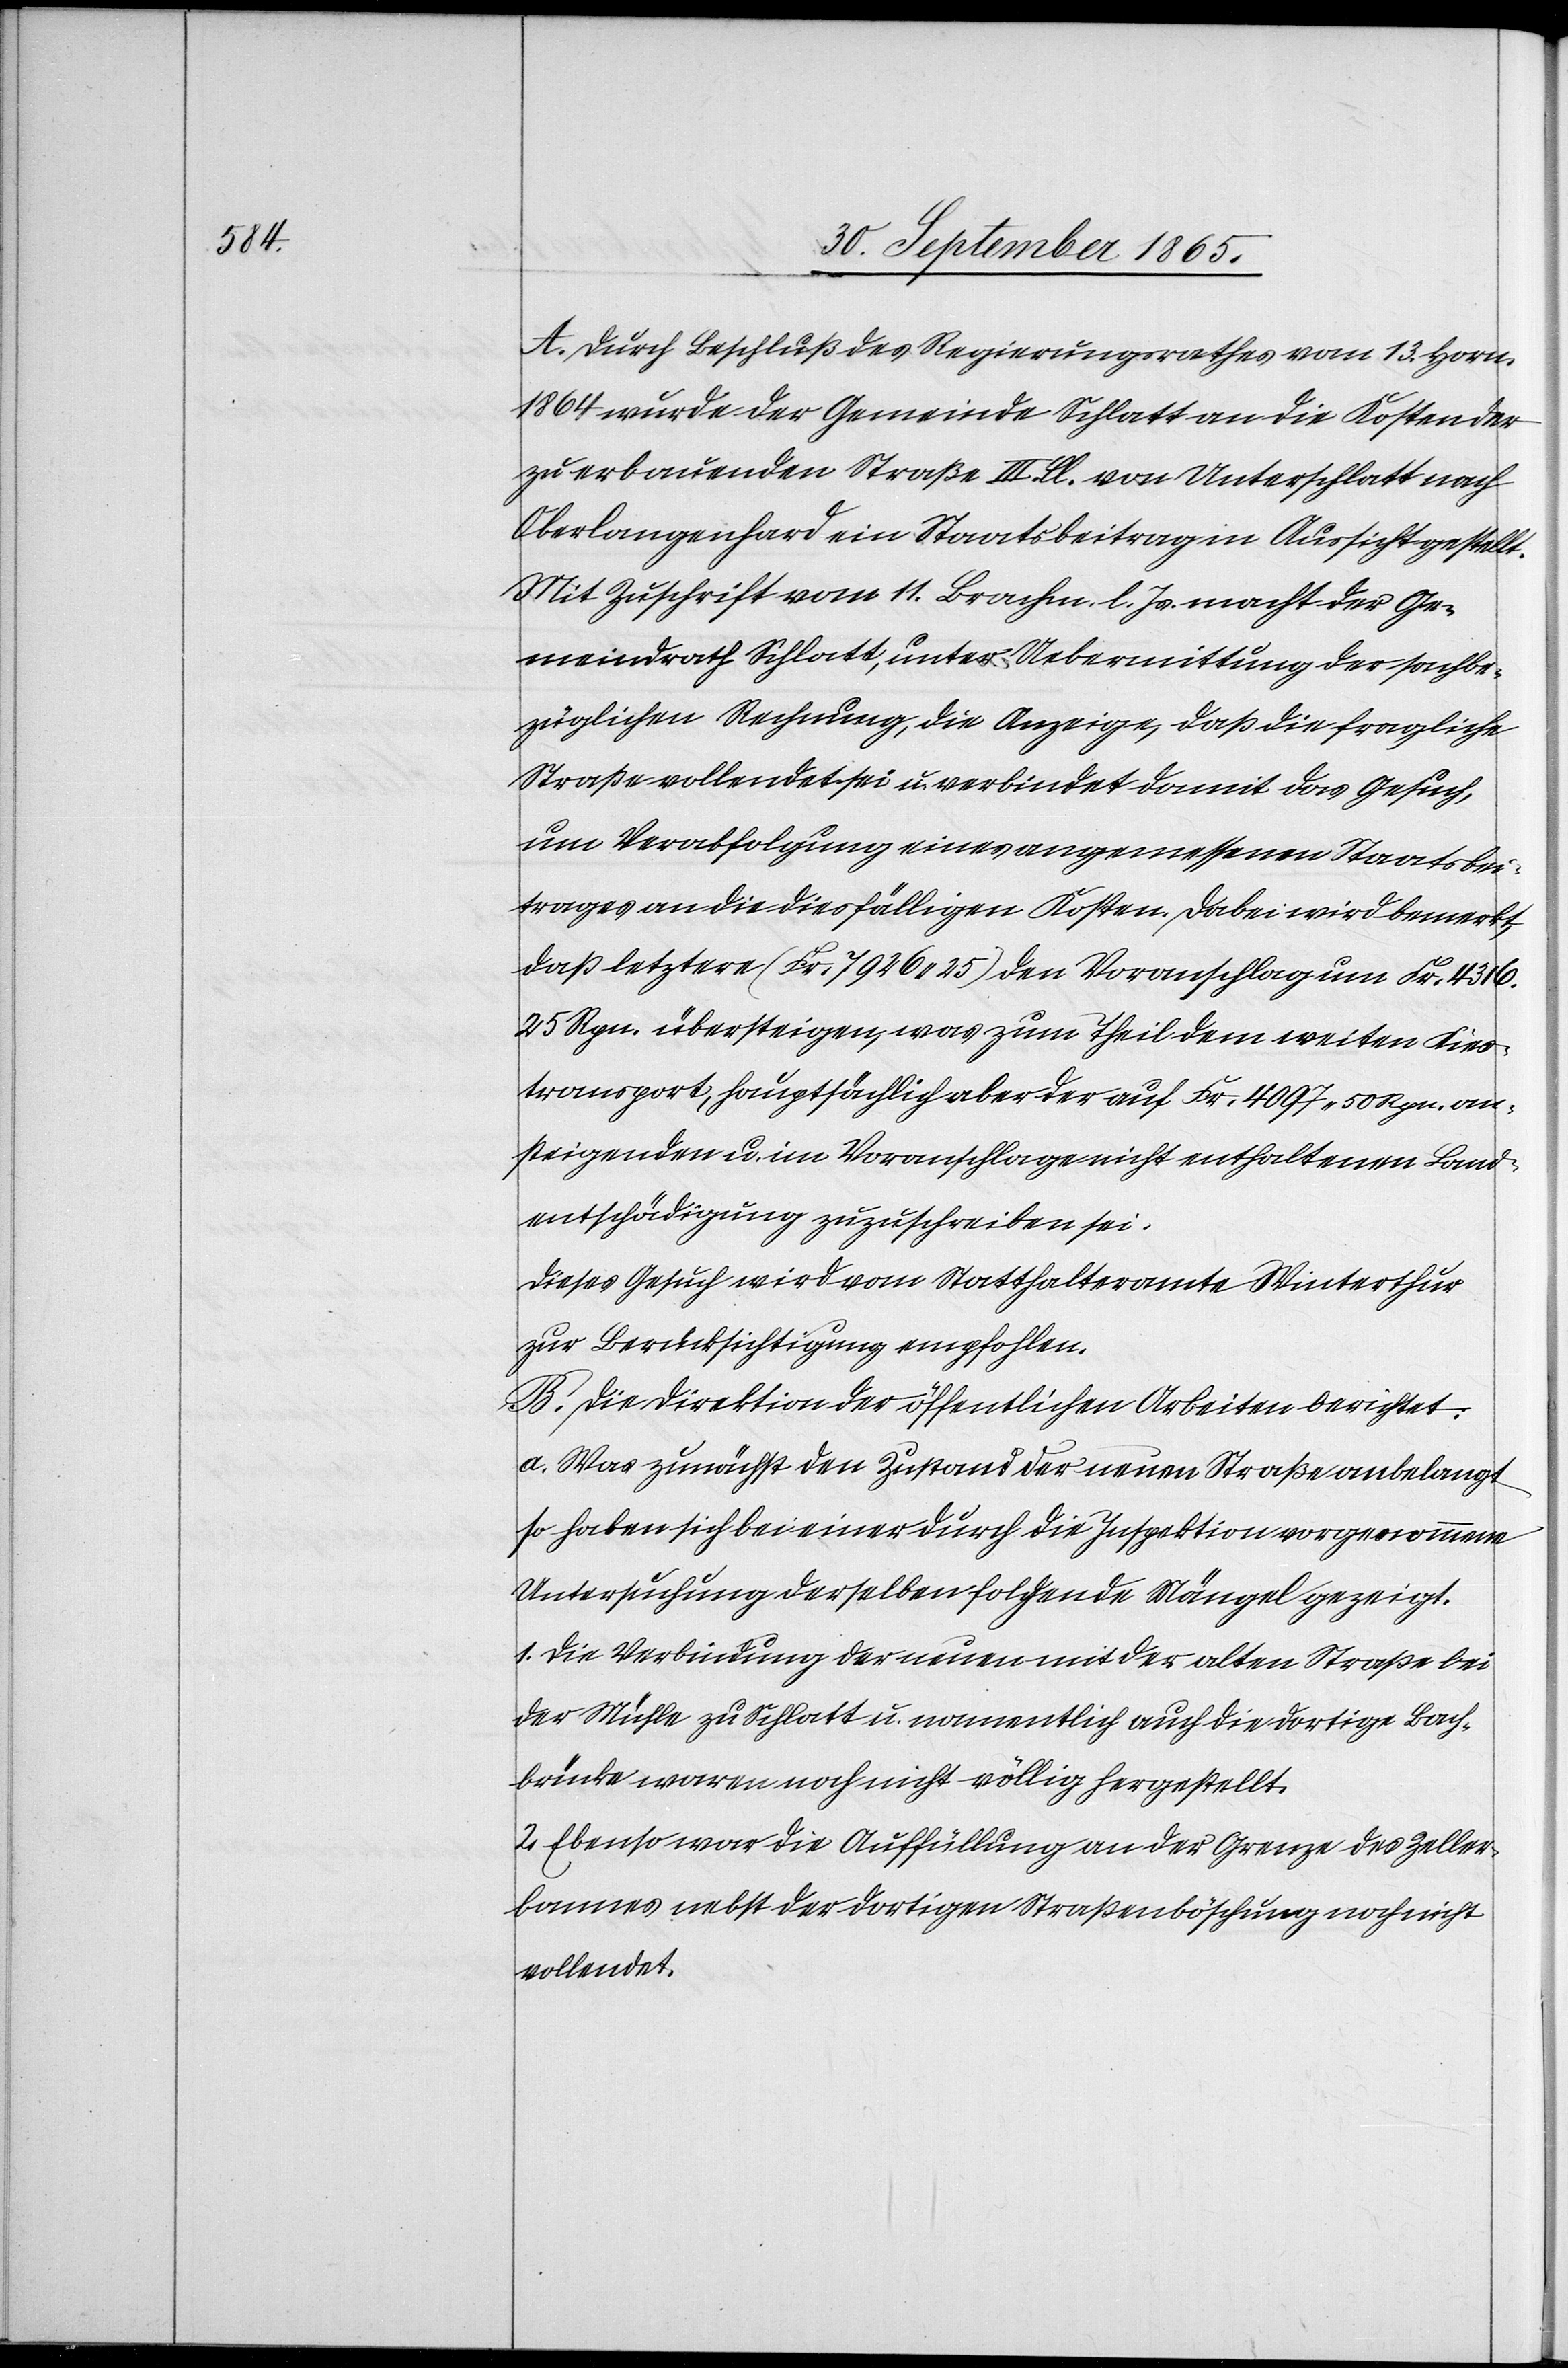
A. Durch Beschluß des Regierungsrathes vom 13. Horn.
1864 wurde der Gemeinde Schlatt an die Kosten der
zu erbauenden Straße III. Cl. von Unterschlatt nach
Oberlangenhard ein Staatsbeitrag in Aussicht gestellt.
Mit Zuschrift vom 11. Brachm. l. Js. macht der Ge¬
meindrath Schlatt, unter Uebermittlung der sachbe¬
züglichen Rechnung, die Anzeige, daß die fragliche
Straße vollendet sei u. verbindet damit das Gesuch,
um Verabfolgung eines angemessenen Staatsbei¬
trages an die diesfälligen Kosten. Dabei wird bemerkt,
daß letztere (Fr. 7926 25) den Voranschlag um Fr. 4136.
25 Rpn. überstiegen, was zum Theil dem weiten Kies¬
transport, hauptsächlich aber der auf Fr. 4097. 50 Rpn. an¬
steigenden u. im Voranschlage nicht enthaltenen Land¬
entschädigung zuzuschreiben sei.
Dieses Gesuch wird vom Statthalteramte Winterthur
zur Berücksichtigung empfohlen.
B. Die Direktion der öffentlichen Arbeiten berichtet:
a. Was zunächst den Zustand der neuen Straße anbelangt
so haben sich bei einer durch die Inspektion vorgenommene
Untersuchung derselben folgende Mängel gezeigt.
1. Die Verbindung der neuen mit der alten Straße bei
der Mühle zu Schlatt u. namentlich auch die dortige Bach¬
brücke waren noch nicht völlig hergestellt.
2. Ebenso war die Auffüllung an der Grenze des Zeller¬
bannes nebst der dortigen Straßenböschung noch nicht
vollendet.